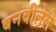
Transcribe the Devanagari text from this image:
बनवीलेले